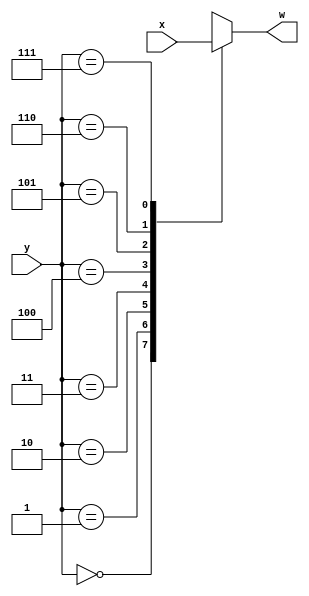
module Select(x,y,w);
input [63:0]x;
input [2:0]y;
output reg [7:0]w;
wire [7:0]Inter[7:0];

assign Inter[0] = x[63:56];
assign Inter[1] = x[55:48];
assign Inter[2] = x[47:40];
assign Inter[3] = x[39:32];
assign Inter[4] = x[31:24];
assign Inter[5] = x[23:16];
assign Inter[6] = x[15:8];
assign Inter[7] = x[7:0];
always @(*)
begin
w <= Inter[y];
end
endmodule